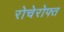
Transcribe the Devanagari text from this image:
रोचेरोफ्त